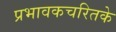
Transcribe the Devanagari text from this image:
प्रभावकचरितके